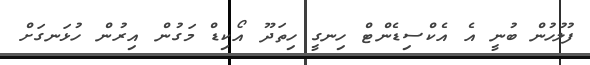
ފުލުހުން ބުނީ އެ އެކްސިޑެންޓް ހިނގީ ހިތަދޫ އޯކިޑް މަގުން އިރުން ހުޅަނގަށް